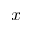
x